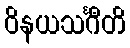
ဝိနယသင်္ဂီတိ